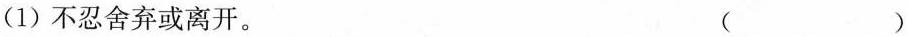
(1)不忍舍弃或离开。 ( )